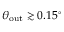
\theta _ { \mathrm { o u t } } \gtrsim 0 . 1 5 ^ { \circ }